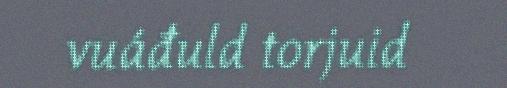
vuáđuld torjuid